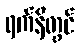
ရက်နိတွင်